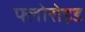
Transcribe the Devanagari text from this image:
फ्लोरोइड